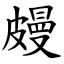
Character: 㿸